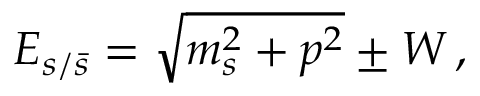
E _ { s / \bar { s } } = \sqrt { m _ { s } ^ { 2 } + p ^ { 2 } } \pm W \, ,